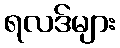
ရလဒ်များ